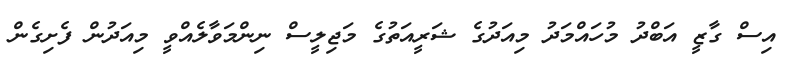
އިސް ގާޒީ އަބްދު މުހައްމަދު މިއަދުގެ ޝަރީއަތުގެ މަޖިލީސް ނިންމަވާލެއްވީ މިއަދުން ފެށިގެން